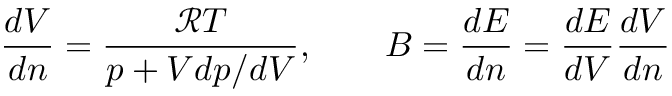
\frac { d V } { d n } = \frac { \mathcal { R } T } { p + V d p / d V } , \qquad B = \frac { d E } { d n } = \frac { d E } { d V } \frac { d V } { d n }